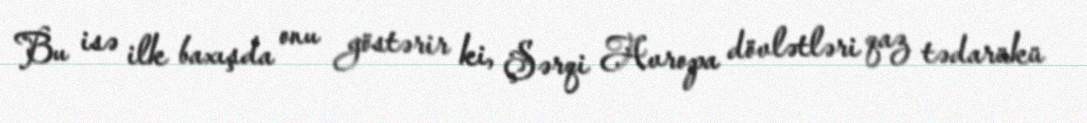
Bu isə ilk baxışda onu göstərir ki, Şərqi Avropa dövlətləri qaz tədarükü